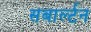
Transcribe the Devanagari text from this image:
सबार्ल्टन